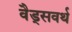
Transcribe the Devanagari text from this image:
वैड्सवर्थ